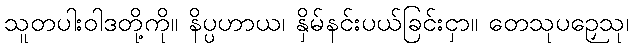
သူတပါးဝါဒတို့ကို။ နိပ္ပဟာယ၊ နှိမ်နင်းပယ်ခြင်းငှာ။ တေသုပဉှေသု၊